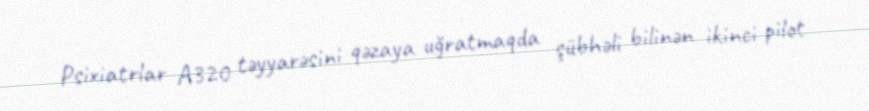
Psixiatrlar A320 təyyarəsini qəzaya uğratmaqda şübhəli bilinən ikinci pilot